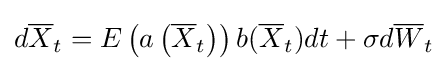
d{\overline {X}}_{t}=E\left(a\left({\overline {X}}_{t}\right)\right)b({\overline {X}}_{t})dt+\sigma d{\overline {W}}_{t}